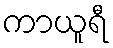
ကာယူရီ